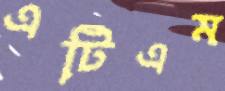
এটিএম